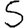
Digit: 5